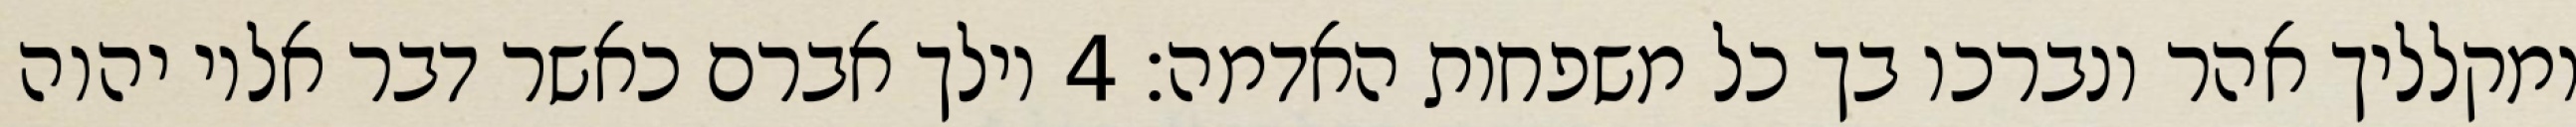
ומקלליך אהר ונברכו בך כל משפחות האדמה׃ ‎4‏ וילך אברם כאשר דבר אליו יהוה